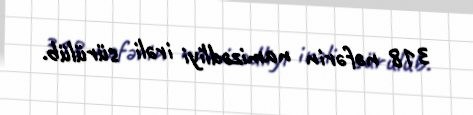
318 nəfərin namizədliyi irəli sürülüb.